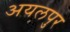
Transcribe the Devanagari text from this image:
अयलपुर